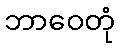
ဘာဝေတုံ